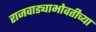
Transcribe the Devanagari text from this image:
राजवाड्याभोवतीच्या